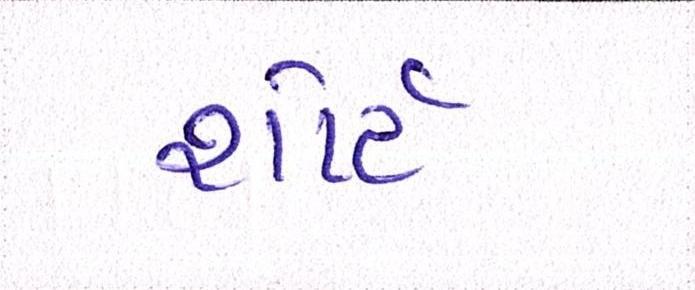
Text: શોર્ટ